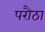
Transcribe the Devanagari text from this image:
परौठा